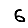
Digit: 6